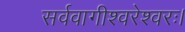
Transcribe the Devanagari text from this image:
सर्ववागीश्वरेश्वरः।